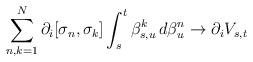
LaTeX: \begin{align*}\sum_{n,k = 1}^{N} \partial_i[\sigma_n, \sigma_k] \int_s^t \beta_{s,u}^k\, d\beta_u^n \to \partial_i V_{s,t}\end{align*}